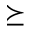
\succeq